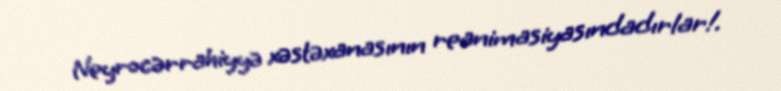
Neyrocərrahiyyə xəstəxanasının reanimasiyasındadırlar!.